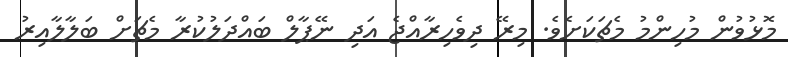
މޮޅުވުން މުހިންމު މެޗަކަށެވެ. މިރޭ ދިވެހިރާއްޖެ އަދި ނޭޕާލް ބައްދަލުކުރާ މެޗަށް ބަލާލާއިރު